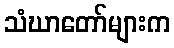
သံဃာတော်များက